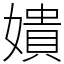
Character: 嬇